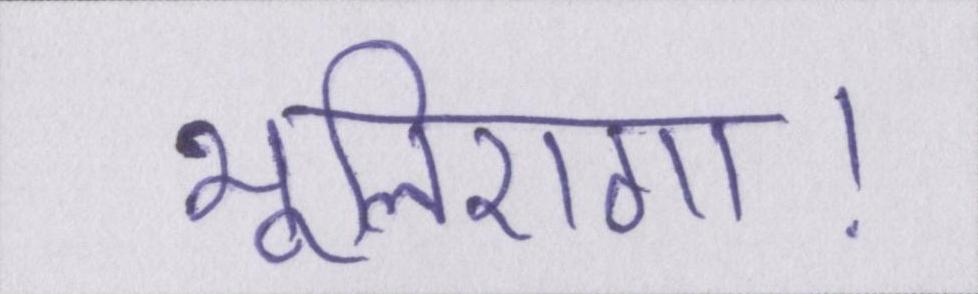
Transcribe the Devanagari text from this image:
भूलिएगा।